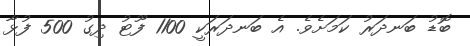
ބޮޑު ބަނދަރު ކަމަށެވެ. އެ ބަނދަރަކީ 1100 ފޫޓު ދިގު 500 ފުޅާ